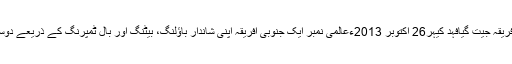
البتہ اس مقام پر ٹیم اور اس شاندار باؤلنگ، بیٹنگ اور بال ٹمپرنگ، جنوبی افریقہ جیت گیافہد کیہر26 اکتوبر 2013ءعالمی نمبر ایک جنوبی افریقہ اپنی شاندار باؤلنگ، بیٹنگ اور بال ٹمپرنگ کے ذریعے دوسرا ٹیسٹ بھاری مارجن سے جیت کر سیریز برابر کرنے میں کامیاب ہوگیا۔